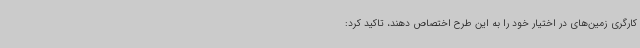
کارگری زمین‌های در اختیار خود را به این طرح اختصاص دهند، تاکید کرد: